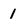
Character: 1